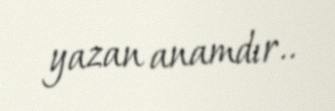
yazan anamdır..